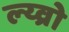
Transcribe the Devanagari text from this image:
ल्य्व्रो